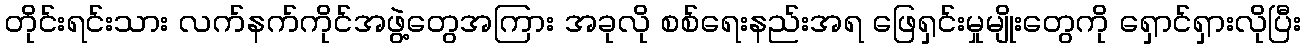
တိုင်းရင်းသား လက်နက်ကိုင်အဖွဲ့တွေအကြား အခုလို စစ်ရေးနည်းအရ ဖြေရှင်းမှုမျိုးတွေကို ရှောင်ရှားလိုပြီး